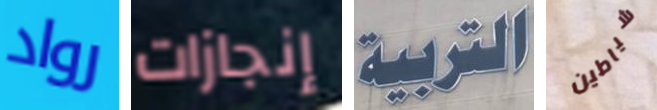
رواد إنجازات التربية شياطين